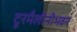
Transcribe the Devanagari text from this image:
टूरमैलीनीभवन